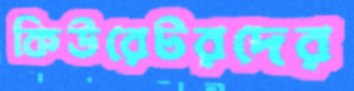
কিউরেটরদের